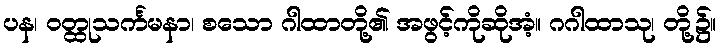
ပန၊ ဝတ္ထုသင်္ကမနာ၊ စသော ဂါထာတို့၏ အဖွင့်ကိုဆိုအံ့။ ဂဂါထာသု၊ တို့၌။